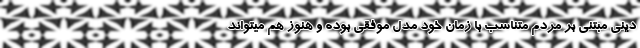
دینی مبتنی بر مردم متناسب با زمان خود مدل موفقی بوده و هنوز هم میتواند